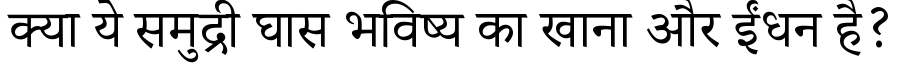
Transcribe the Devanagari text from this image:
क्या ये समुद्री घास भविष्य का खाना और ईंधन है?